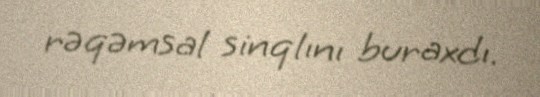
rəqəmsal sinqlını buraxdı.